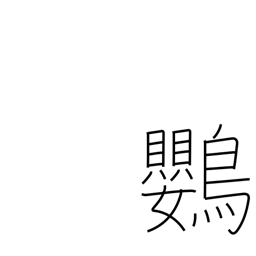
Meaning: parrot